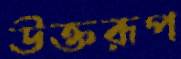
উক্তরূপ